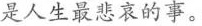
是人生最悲哀的事。